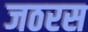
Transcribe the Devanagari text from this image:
जठरस